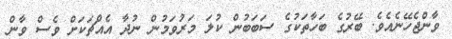
ވާންޖެހޭނެއެވެ. ބޭރުގެ ބަހާތަކުގެ ސަބަބުން ކުލަ މަރުވަމުން ނުދާ އެއްޗަކަށް ވެސް ވާން